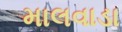
માલવાડા